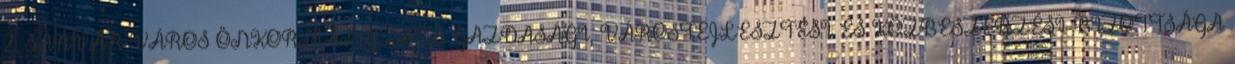
2. SÁRVÁR VÁROS ÖNKORMÁNYZATA GAZDASÁGI, VÁROSFEJLESZTÉSI ÉS KÖZBESZERZÉSI BIZOTTSÁGA